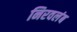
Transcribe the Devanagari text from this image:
निरवलंब